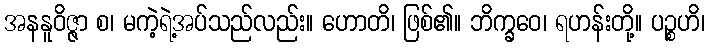
အနနူဝိဇ္ဇာ စ၊ မကဲ့ရဲ့အပ်သည်လည်း။ ဟောတိ၊ ဖြစ်၏။ ဘိက္ခဝေ၊ ရဟန်းတို့။ ပဉ္စဟိ၊